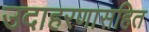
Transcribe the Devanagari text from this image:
उदाहरणासहित